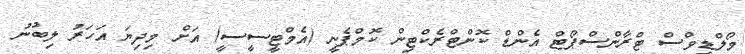
މޯލްޑިވްސް ޓްރާންސްޕޯޓް އެންޑް ކޮންޓްރެކްޓިން ކޮމްޕެނީ (އެމްޓީސީސީ) އަށް މިދިޔަ އަހަރު ލިބުނު